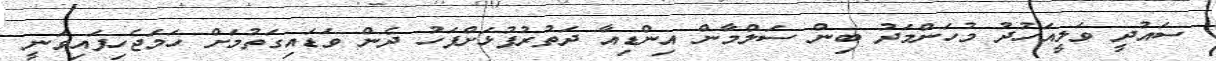
ސައުދީ ވަލީއަހުދު މުހަންމަދު ބިން ސަލްމާން އިންޑިއާ ދަތުރުފުޅަށްފަހު ދެން ވަޑައިގަތުމަށް ހަމަޖެހިފައިވަނީ